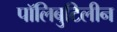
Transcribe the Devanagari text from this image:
पॉलिबुटिलीन